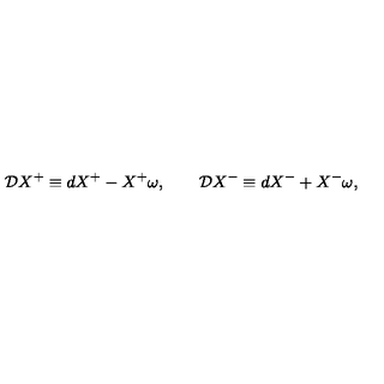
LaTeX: { \cal D } X ^ { + } \equiv d X ^ { + } - X ^ { + } \omega , \qquad { \cal D } X ^ { - } \equiv d X ^ { - } + X ^ { - } \omega ,